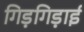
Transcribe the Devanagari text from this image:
गिड़गिड़ाई